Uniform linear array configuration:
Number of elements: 12
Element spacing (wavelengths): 1
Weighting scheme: uniform
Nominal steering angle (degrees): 45
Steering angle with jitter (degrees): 46.797
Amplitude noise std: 0.05
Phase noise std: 0.05

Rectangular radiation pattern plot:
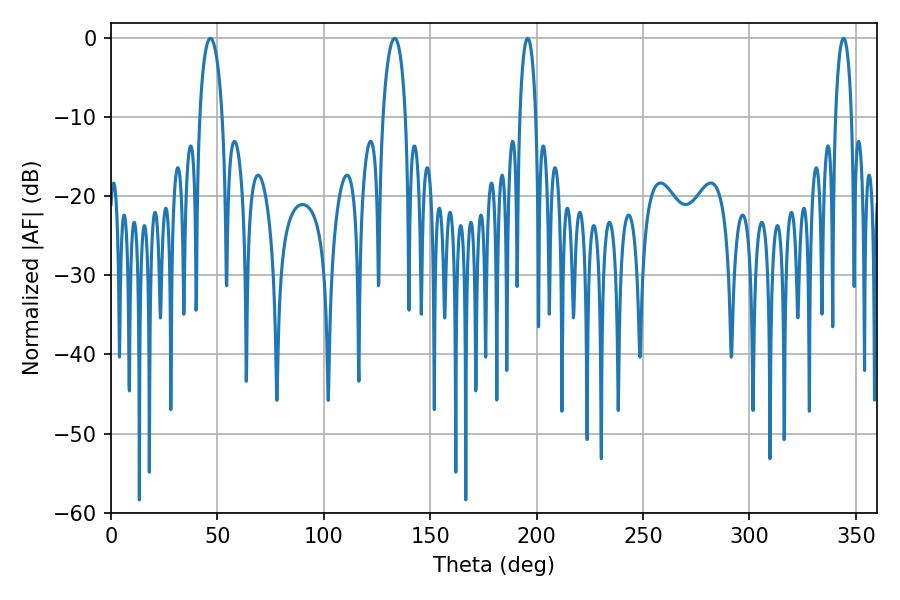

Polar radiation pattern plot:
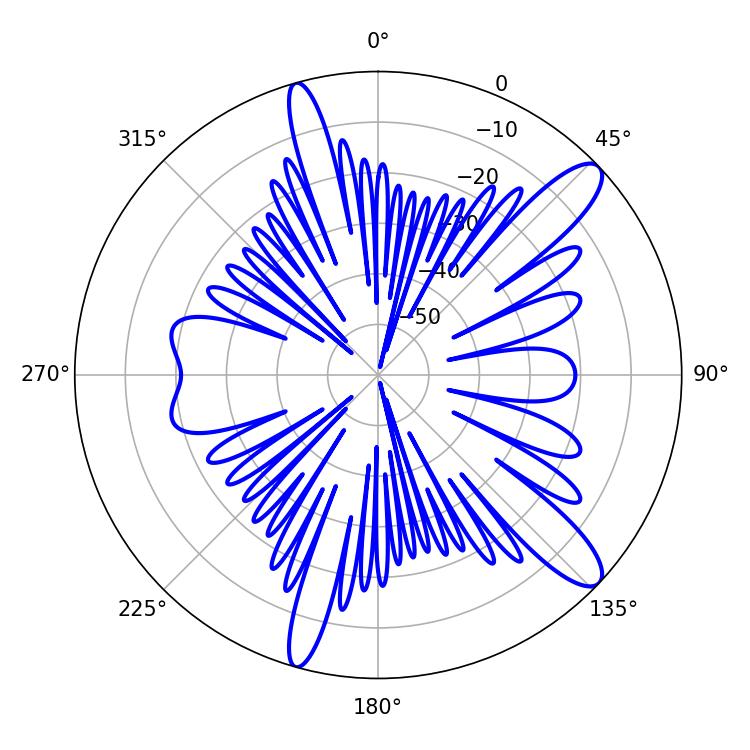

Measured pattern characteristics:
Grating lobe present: TRUE
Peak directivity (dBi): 12.081
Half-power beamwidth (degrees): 4.32
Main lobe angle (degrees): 195.84